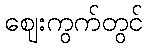
ဈေးကွက်တွင်